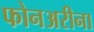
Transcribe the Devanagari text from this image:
फोनअरीना